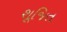
શૂજિત